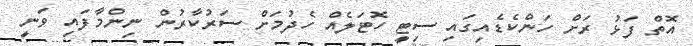
އޮތް ފަޅު ރަށް ހަންކެޑެއިގައި ސިޓީ ހޮޓަލެއް ހެދުމަށް ސަރުކާރުން ނިންމާފައި ވަނީ